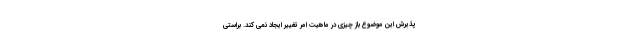
پذیرش این موضوع باز چیزی در ماهیت امر تغییر ایجاد نمی کند. براستی